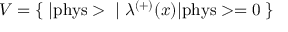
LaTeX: V = \{ \; | \mathrm { p h y s } > \; | \; { \lambda } ^ { ( + ) } ( x ) | \mathrm { p h y s } > = 0 \; \}